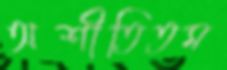
অশীতিতম